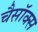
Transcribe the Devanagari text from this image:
चैसॉक्स